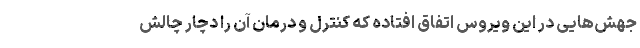
جهش‌هایی در این ویروس اتفاق افتاده که کنترل و درمان آن را دچار چالش